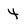
Character: 4